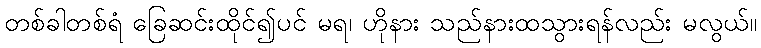
တစ်ခါတစ်ရံ ခြေဆင်းထိုင်၍ပင် မရ၊ ဟိုနား သည်နားထသွားရန်လည်း မလွယ်။